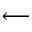
\longleftarrow